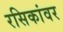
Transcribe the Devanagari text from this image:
रसिकांवर